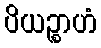
ပိယဉ္စာဟံ